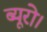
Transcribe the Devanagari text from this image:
ब्यूरो।